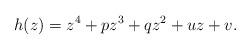
LaTeX: \begin{align*}h(z)=z^{4}+pz^{3}+qz^{2}+uz+v.\end{align*}